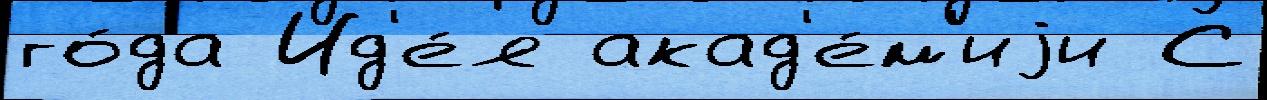
го́да Ид'е́я акад'е́м'иjи С